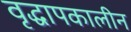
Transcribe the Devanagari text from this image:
वृद्धापकालीन